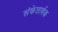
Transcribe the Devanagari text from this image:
संकेतार्थक